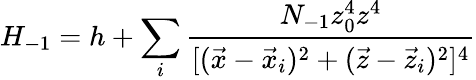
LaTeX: H_{-1}=h+\sum_{i}\frac{N_{-1}z_{0}^{4}z^{4}}{[(\vec{x}-\vec{x}_{i})^{2}+(\vec{z}-\vec{z}_{i})^{2}]^{4}}